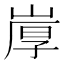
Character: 𰎩